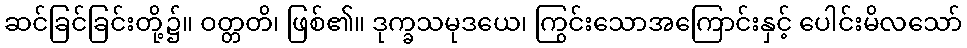
ဆင်ခြင်ခြင်းတို့၌။ ဝတ္တတိ၊ ဖြစ်၏။ ဒုက္ခသမုဒယေ၊ ကြွင်းသောအကြောင်းနှင့် ပေါင်းမိလသော်